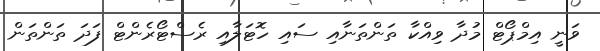
ވަނީ އިމްޕޯޓް މުދާ ވިއްކާ ތަންތަނާއި ސައި ހޮޓަލާއި ރެސްޓޯރެންޓް ފަދަ ތަންތަން